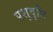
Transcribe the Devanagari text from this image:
पशुवृत्ति